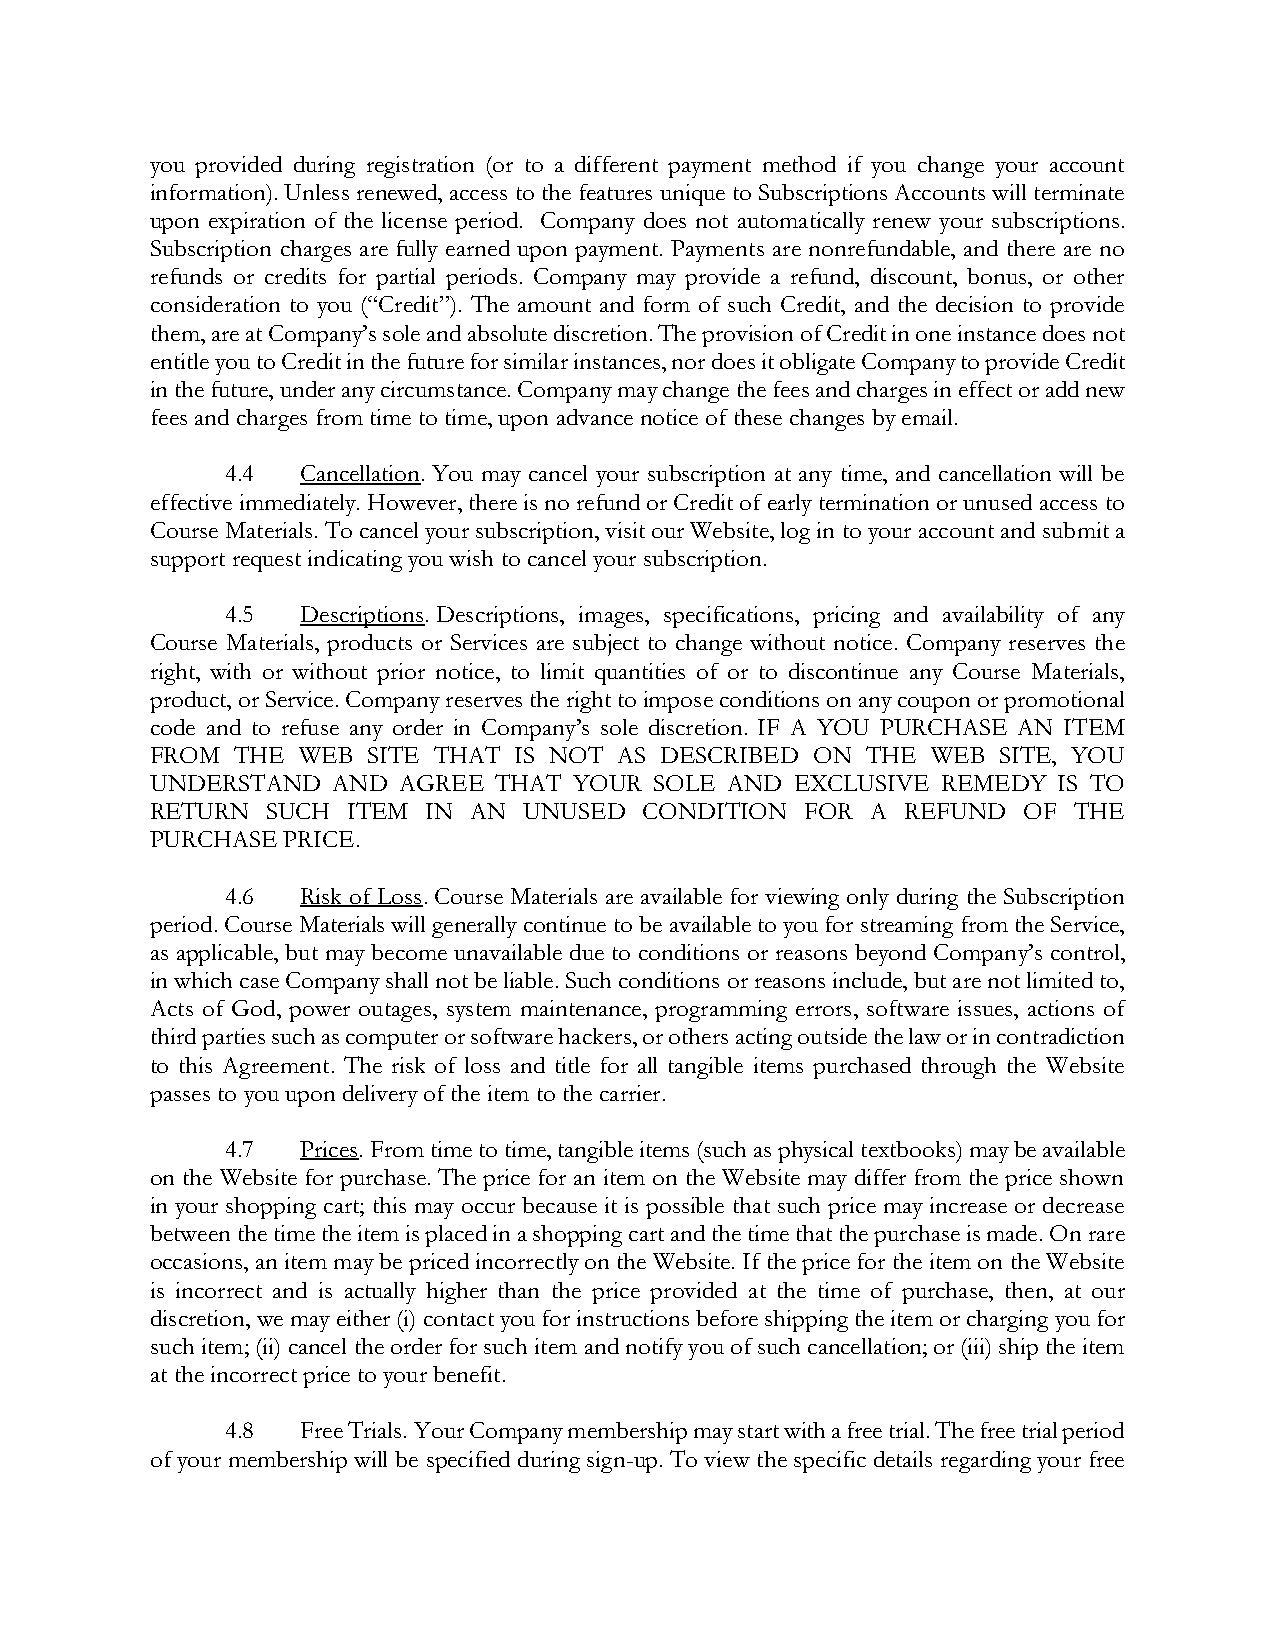
you provided during registration (or to a different payment method if you change your account
 information). Unless renewed, access to the features unique to Subscriptions Accounts will terminate
 upon expiration of the license period. Company does not automatically renew your subscriptions.
 Subscription charges are fully earned upon payment. Payments are nonrefundable, and there are no
 refunds or credits for partial periods. Company may provide a refund, discount, bonus, or other
 consideration to you (“Credit”). The amount and form of such Credit, and the decision to provide
 them, are at Company’s sole and absolute discretion. The provision of Credit in one instance does not
 entitle you to Credit in the future for similar instances, nor does it obligate Company to provide Credit
 in the future, under any circumstance. Company may change the fees and charges in effect or add new
 fees and charges from time to time, upon advance notice of these changes by email.
 4.4  Cancellation. You may cancel your subscription at any time, and cancellation will be
 effective immediately. However, there is no refund or Credit of early termination or unused access to
 Course Materials. To cancel your subscription, visit our Website, log in to your account and submit a
 support request indicating you wish to cancel your subscription.
 4.5  Descriptions. Descriptions, images, specifications, pricing and availability of any
 Course Materials, products or Services are subject to change without notice. Company reserves the
 right, with or without prior notice, to limit quantities of or to discontinue any Course Materials,
 product, or Service. Company reserves the right to impose conditions on any coupon or promotional
 code and to refuse any order in Company’s sole discretion. IF A YOU PURCHASE AN ITEM
 FROM THE  WEB SITE THAT IS NOT AS DESCRIBED ON THE  WEB SITE, YOU
 UNDERSTAND  AND AGREE  THAT YOUR SOLE AND  EXCLUSIVE REMEDY IS TO
 RETURN  SUCH ITEM IN AN  UNUSED  CONDITION FOR  A REFUND  OF THE
 PURCHASE PRICE.
 4.6  Risk of Loss. Course Materials are available for viewing only during the Subscription
 period. Course Materials will generally continue to be available to you for streaming from the Service,
 as applicable, but may become unavailable due to conditions or reasons beyond Company’s control,
 in which case Company shall not be liable. Such conditions or reasons include, but are not limited to,
 Acts of God, power outages, system maintenance, programming errors, software issues, actions of
 third parties such as computer or software hackers, or others acting outside the law or in contradiction
 to this Agreement. The risk of loss and title for all tangible items purchased through the Website
 passes to you upon delivery of the item to the carrier.
 4.7  Prices. From time to time, tangible items (such as physical textbooks) may be available
 on the Website for purchase. The price for an item on the Website may differ from the price shown
 in your shopping cart; this may occur because it is possible that such price may increase or decrease
 between the time the item is placed in a shopping cart and the time that the purchase is made. On rare
 occasions, an item may be priced incorrectly on the Website. If the price for the item on the Website
 is incorrect and is actually higher than the price provided at the time of purchase, then, at our
 discretion, we may either (i) contact you for instructions before shipping the item or charging you for
 such item; (ii) cancel the order for such item and notify you of such cancellation; or (iii) ship the item
 at the incorrect price to your benefit.
 4.8  Free Trials. Your Company membership may start with a free trial. The free trial period
 of your membership will be specified during sign-up. To view the specific details regarding your free